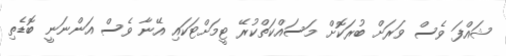
ޝައްފަ ވެސް ވަރަށް ބުރަކޮށް މަސައްކަތްކުރޭ ޓީމަށްޓަކައި އޭނާ ވެސް އަންނަނީ ބޮޑެތި